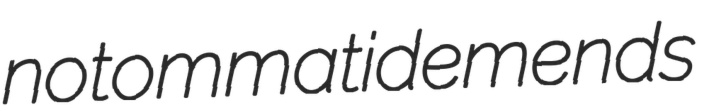
notommatid emends